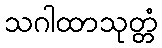
သဂါထာသုတ္တံ